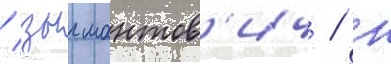
/ зыгмантов'ич / н